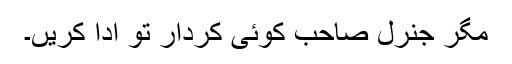
مگر جنرل صاحب کوئی کردار تو ادا کریں۔